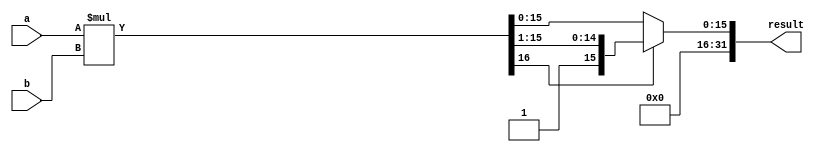
module mu(result,a, b);
   input[15:0] a;
   input[15:0] b;
   output [31:0] result;
   wire [16:0] sum = {1'b0,a} * {1'b0,b};
   assign result = sum[16] ? sum[16:1]: sum[15:0];
endmodule